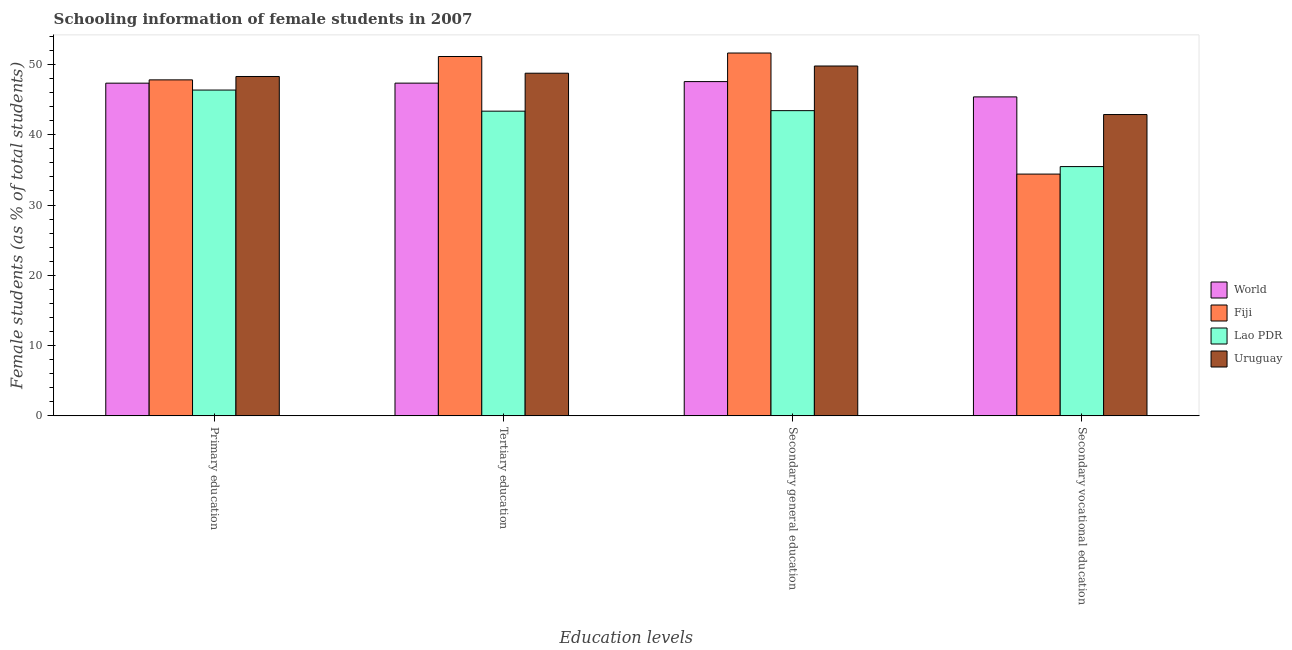
| Education levels | World | Fiji | Lao PDR | Uruguay |
 | --- | --- | --- | --- | --- |
 | Primary education | 47.3 | 47.8 | 46.4 | 48.3 |
 | Tertiary education | 47.3 | 51.1 | 43.4 | 48.8 |
 | Secondary general education | 47.6 | 51.6 | 43.4 | 49.8 |
 | Secondary vocational education | 45.4 | 34.4 | 35.5 | 42.9 |